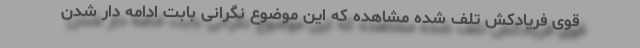
قوی فریادکش تلف شده مشاهده که این موضوع نگرانی بابت ادامه دار شدن